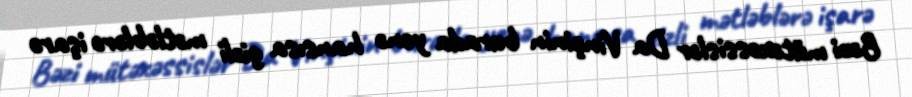
Bəzi mütəxəssislər Da Vinçinin burada yenə hansısa gizli mətləblərə işarə